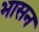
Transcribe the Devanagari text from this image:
भासन